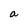
Character: a